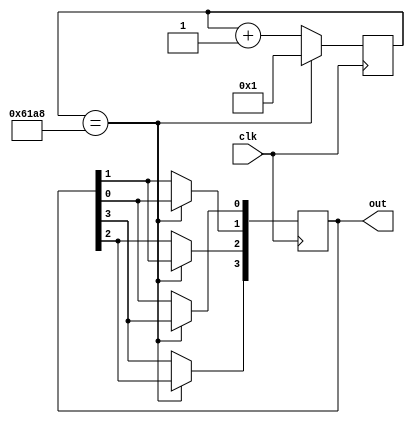
module M(input clk,output[3:0] out);
	reg[3:0] out=4'b1000;
	reg[63:0] counter=64'b1;
	always @(posedge clk) begin 
		counter <= counter + 64'b1;
		if(counter == 25000) begin 
		 	out[1] <= out[0];
		 	out[2] <= out[1];
		 	out[3] <= out[2];
		 	out[0] <= out[3];
		 	counter <= 1;
		end
	end
	

endmodule